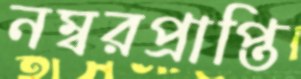
নম্বরপ্রাপ্তি